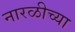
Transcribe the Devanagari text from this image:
नारळीच्या